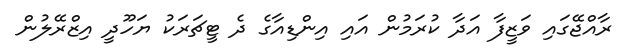
ރާއްޖޭގައި ވަޒީފާ އަދާ ކުރަމުން އައި އިންޑިއާގެ ދެ ޓީޗަރަކު ޔަހޫދީ އިޒްރޭލުން